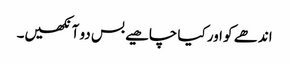
اندھے کو اور کیا چاھیے بس دو آنکھیں۔